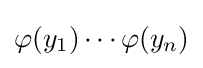
\varphi (y_{1})\cdots \varphi (y_{n})